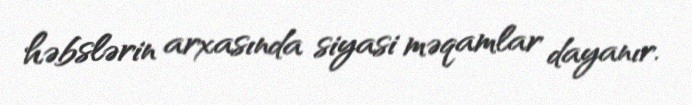
həbslərin arxasında siyasi məqamlar dayanır.